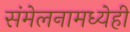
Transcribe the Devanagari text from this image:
संमेलनामध्येही